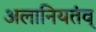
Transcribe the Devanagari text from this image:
अलानियतंव्